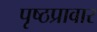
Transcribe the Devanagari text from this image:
पृष्ठप्रावार